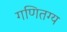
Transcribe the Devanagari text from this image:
गणितग्य